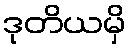
ဒုတိယမှိ